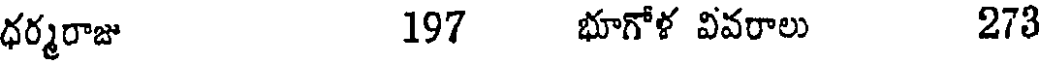
ధర్మరాజు 197 భూగోళ వివరాలు 273